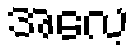
အလေ့